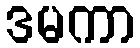
ဒမကာ